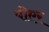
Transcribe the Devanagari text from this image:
पीएर